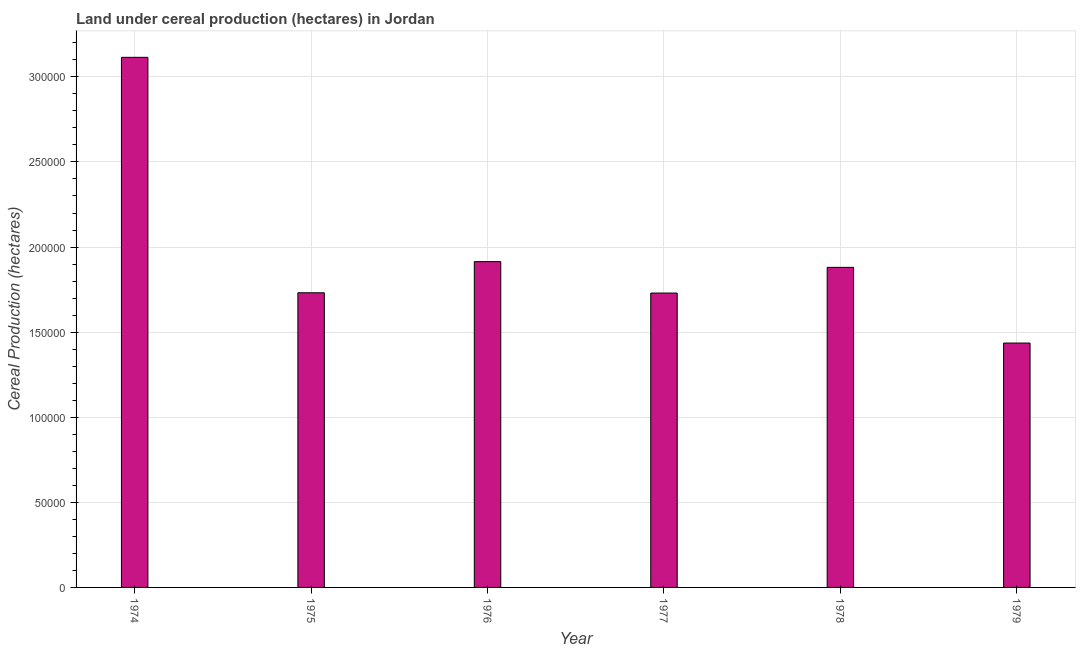
| Year | Land under cereal production (hectares) |
 | --- | --- |
 | 1974 | 3.11e+05 |
 | 1975 | 1.73e+05 |
 | 1976 | 1.91e+05 |
 | 1977 | 1.73e+05 |
 | 1978 | 1.88e+05 |
 | 1979 | 1.44e+05 |